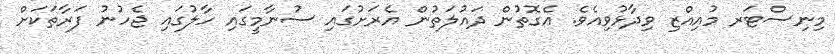
މިނިސްޓަރ މުއިއްޒި ވިދާޅުވިއެވެ. އެގޮތުން ދައުލަތުން އެރަށުގައި ސުނާމީގައި ހާލުގައި ޖެހުނު ފަރާތަކަށް